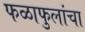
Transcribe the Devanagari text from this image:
फळाफुलांचा